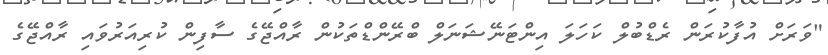
"ވަރަށް އުފާކުރަން ރެޑްބުލް ކަހަލަ އިންޓަނޭޝަނަލް ބްރޭންޑްތަކުން ރާއްޖޭގެ ސާފިން ކުރިއަރުވައި ރާއްޖޭގެ